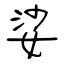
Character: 娑